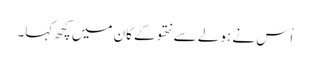
اُس نے ہولے سے نتھو کے کان میں کچھ کہا۔